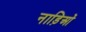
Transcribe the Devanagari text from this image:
नाड़िओं